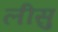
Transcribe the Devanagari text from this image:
लीसु